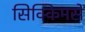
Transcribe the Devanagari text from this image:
सिक्किमसे